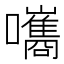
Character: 𡄴